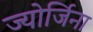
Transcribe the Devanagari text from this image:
ज्योर्जिना